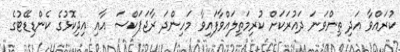
ކުރައްވާ އަދި ތިންވަނަ ދައުރަކަށް ކުރިމަތިލައްވާފައިވާ މަހިންދަ ރާޖަޕަކްސަ އާއި އިދިކޮޅުގެ ކެންޑިޑޭޓުގެ